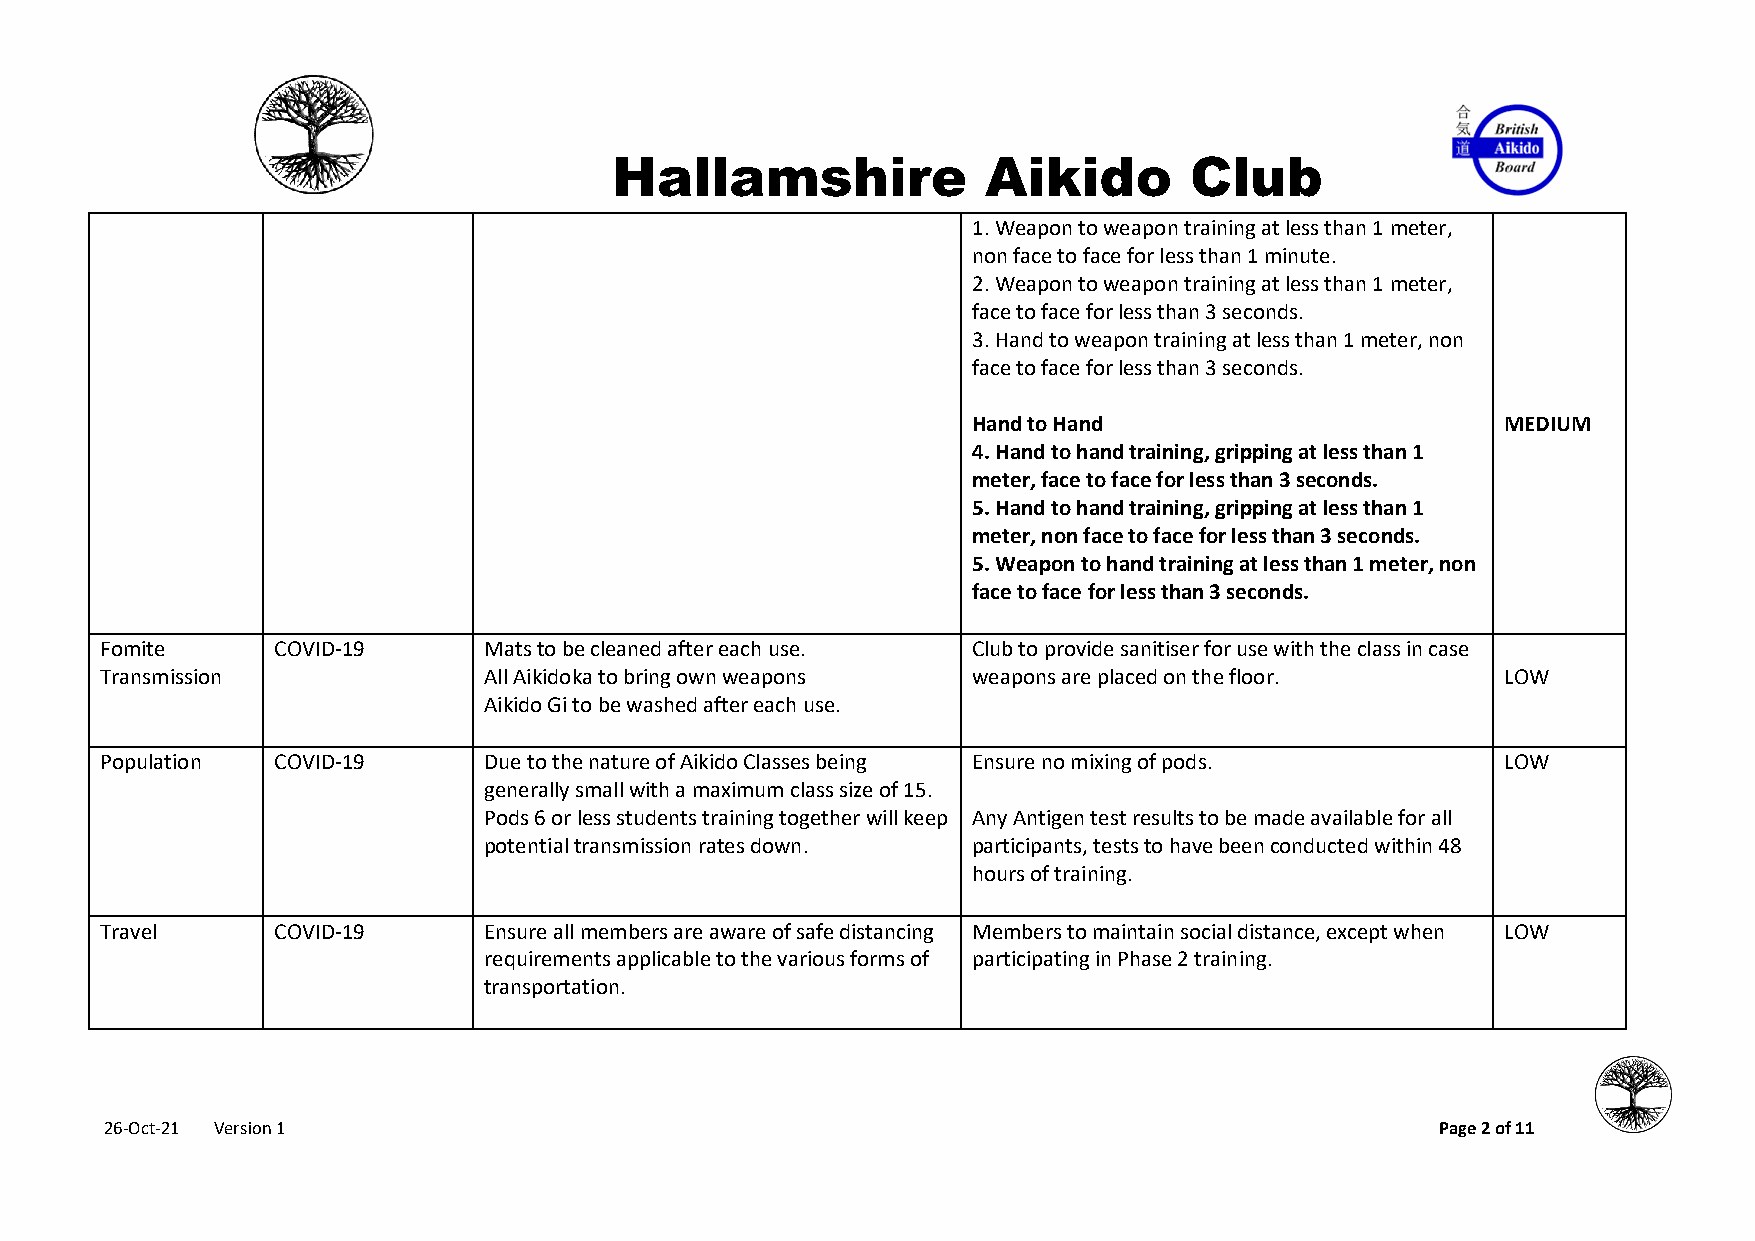
Hallamshire              Aikido        Club
 1. Weapon to weapon training at less than 1 meter,
 non face to face for less than 1 minute.
 2. Weapon to weapon training at less than 1 meter,
 face to face for less than 3 seconds.
 3. Hand to weapon training at less than 1 meter, non
 face to face for less than 3 seconds.
 Hand to Hand                        MEDIUM
 4. Hand to hand training, gripping at less than 1
 meter, face to face for less than 3 seconds.
 5. Hand to hand training, gripping at less than 1
 meter, non face to face for less than 3 seconds.
 5. Weapon to hand training at less than 1 meter, non
 face to face for less than 3 seconds.
 Fomite     COVID-19      Mats to be cleaned after each use. Club to provide sanitiser for use with the class in case
 Transmission             All Aikidoka to bring own weapons weapons are placed on the floor.  LOW
 Aikido Gi to be washed after each use.
 Population COVID-19      Due to the nature of Aikido Classes being Ensure no mixing of pods. LOW
 generally small with a maximum class size of 15.
 Pods 6 or less students training together will keep Any Antigen test results to be made available for all
 potential transmission rates down. participants, tests to have been conducted within 48
 hours of training.
 Travel     COVID-19      Ensure all members are aware of safe distancing Members to maintain social distance, except when LOW
 requirements applicable to the various forms of participating in Phase 2 training.
 transportation.
 26-Oct-21 Version 1                                                                     Page 2 of 11